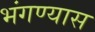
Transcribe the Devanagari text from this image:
भंगण्यास